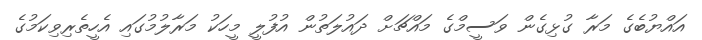
އައްޔުބެގެ މަރާ ގުޅިގެން ވަސީމްގެ މައްޗަށް ދައުލަތުން އުފުލީ މީހަކު މަރާލުމުގައި އެހީތެރިވިކަމުގެ